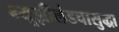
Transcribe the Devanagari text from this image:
न्यूझीलंडचासुद्धा